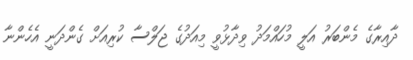
ދާއިރާގެ މެންބަރު އަލީ މުހައްމަދު ވިދާޅުވީ މިއަދުގެ ޖަލްސާ ކުރިއަށް ގެންދަނީ އެހެންނާ